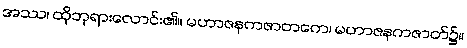
အဿ၊ ထိုဘုရားလောင်း၏။ မဟာဇနကဇာတကေ၊ မဟာဇနကဇာတ်၌။